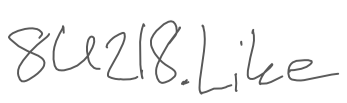
Text: 8U218.Like
Cross-out: clean
Writing tool: digital_gray